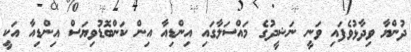
ދުންޔާ ވިދާޅުވެފައި ވަނީ ނަޝީދުގެ މައްސަލާގައި އިންޑިއާ އިން ކަންބޮޑުވިޔަސް އިންޑިއާ އަކީ